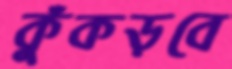
কুঁকড়বে